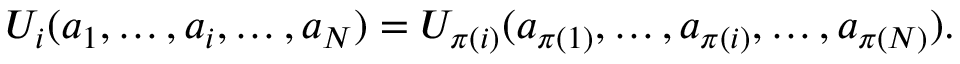
U _ { i } ( a _ { 1 } , \ldots , a _ { i } , \ldots , a _ { N } ) = U _ { \pi ( i ) } ( a _ { \pi ( 1 ) } , \ldots , a _ { \pi ( i ) } , \ldots , a _ { \pi ( N ) } ) .